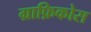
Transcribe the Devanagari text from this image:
ग्राफ़िकोस